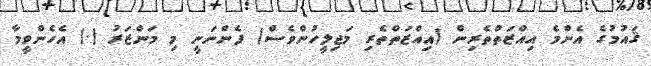
ޤައުމުގެ އެންމެ އިއްޒަތްތެރިން (އިއްޒަތްތެރި މަޖިލީހުންވެސް) ފެންނަނީ މި މަންޒަރު (.) އެހެންވީމާ